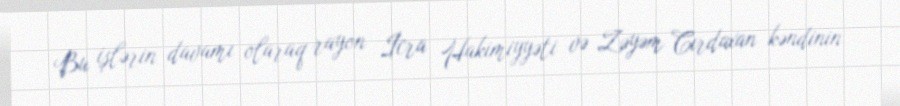
Bu işlərin davamı olaraq rayon İcra Hakimiyyəti və Zəyəm Cırdaxan kəndinin